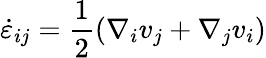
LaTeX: \dot{\varepsilon}_{ij}=\frac{1}{2}\left(\nabla_{i}v_{j}+\nabla_{j}v_{i}\right)